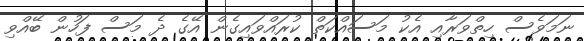
ނަމަވެސް ހިތްވަރާއި އެކު މަސައްކަތް ކުރައްވައިގެން އޭގެ ދެ މަސް ފަހުން ބޭއްވި